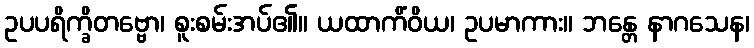
ဥပပရိက္ခိတဗ္ဗော၊ စူးစမ်းအပ်၏။ ယထာကိံဝိယ၊ ဥပမာကား။ ဘန္တေ နာဂသေန၊